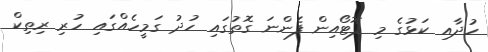
ހުދާއި ކަޅުގެ މި ފޮޓޯއިން ފެންނަ ގޮތުގައި ހުދު ގަމީހެއްގައި ހުރި ރިތިކް